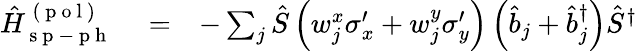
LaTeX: \begin{array}{rlr}{\hat{H}_{\mathrm{~s~p~-~p~h~}}^{\mathrm{~(~p~o~l~)~}}}&{{}=}&{-\sum_{j}\hat{S}\left(w_{j}^{x}\sigma_{x}^{\prime}+w_{j}^{y}\sigma_{y}^{\prime}\right)\left(\hat{b}_{j}+\hat{b}_{j}^{\dagger}\right)\hat{S}^{\dagger}}\end{array}